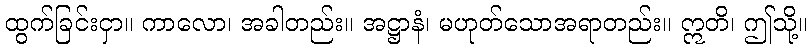
ထွက်ခြင်းငှာ။ ကာလော၊ အခါတည်း။ အဋ္ဌာနံ၊ မဟုတ်သောအရာတည်း။ ဣတိ၊ ဤသို့။